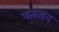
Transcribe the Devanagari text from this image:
फसाहत